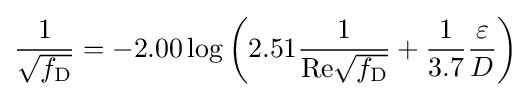
{\frac {1}{\sqrt {f_{\mathrm {D} }}}}=-2.00\log \left(2.51{\frac {1}{\mathrm {Re} {\sqrt {f_{\mathrm {D} }}}}}+{\frac {1}{3.7}}{\frac {\varepsilon }{D}}\right)